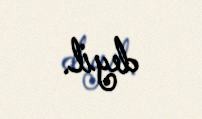
deyil.